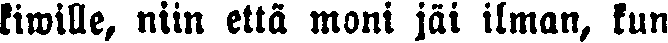
kiwille, niin että moni jäi ilman, kun